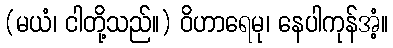
(မယံ၊ ငါတို့သည်။) ဝိဟာရေမု၊ နေပါကုန်အံ့။